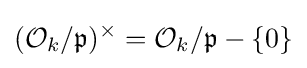
({\mathcal {O}}_{k}/{\mathfrak {p}})^{\times }={\mathcal {O}}_{k}/{\mathfrak {p}}-\{0\}